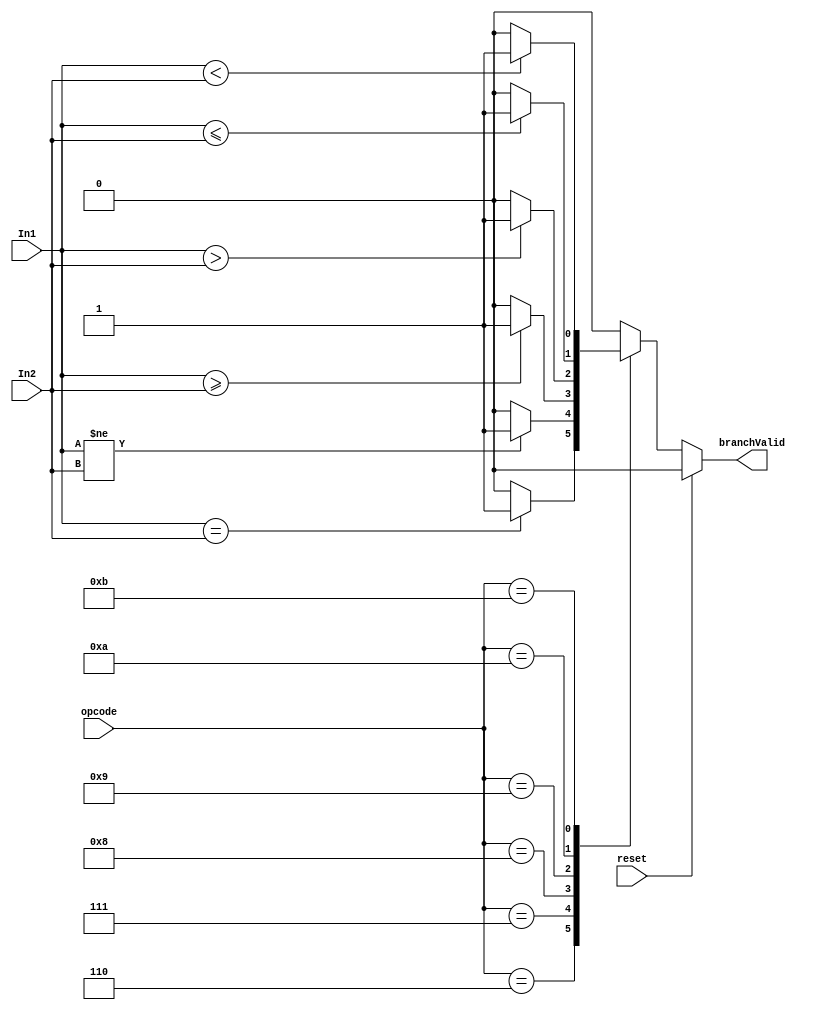
module Comparator (
  input wire [31:0] In1,
  input wire [31:0] In2,
  input wire [5:0] opcode,
  input wire reset,
  output reg branchValid
  
);


	
  always @(*)
	begin
    if (reset == 1) branchValid <=0;
    else begin
    case(opcode) 
        6'h6: begin if(In1 == In2) branchValid <= 1; else branchValid<= 0;  end
        6'h7: begin if(In1 != In2) branchValid <= 1; else branchValid<= 0;  end
        6'h8: begin if(In1 >= In2) branchValid <= 1; else branchValid<= 0;  end
        6'h9: begin if(In1 > In2) branchValid <= 1; else branchValid<= 0;   end
        6'hA: begin if(In1 <= In2) branchValid <= 1; else branchValid<= 0;  end
        6'hB: begin if(In1 < In2) branchValid <= 1; else branchValid<= 0;   end
		  default: begin branchValid<= 0; end
		  
      endcase
      end
  end

endmodule